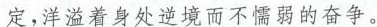
定，洋溢着身处逆境而不懦弱的奋斗。